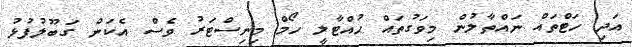
އަަދި ހަޓްތައް ނައްތާލުން މިވަގުތައް ހުއްޓާލީ ހޯމް މިނިސްޓަރު ވެސް އެކަން ގަބޫލުފުޅު